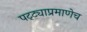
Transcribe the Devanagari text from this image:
पट्ट्याप्रमाणेच